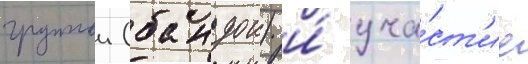
группои (бандои) и́ уча́ст'ие